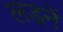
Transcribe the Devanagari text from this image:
लड़नें